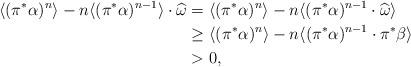
LaTeX: \begin{align*} \langle (\pi^* \alpha)^{n}\rangle - n\langle (\pi^* \alpha)^{n-1}\rangle \cdot \widehat{\omega} &= \langle (\pi^* \alpha)^{n}\rangle - n\langle (\pi^* \alpha)^{n-1} \cdot \widehat{\omega}\rangle\\ & \geq \langle (\pi^* \alpha)^{n}\rangle -n\langle (\pi^* \alpha)^{n-1} \cdot \pi^* \beta\rangle\\ & >0,\end{align*}